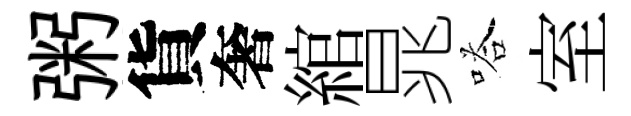
粥貨奢綰晁嗒室